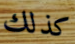
كذلك